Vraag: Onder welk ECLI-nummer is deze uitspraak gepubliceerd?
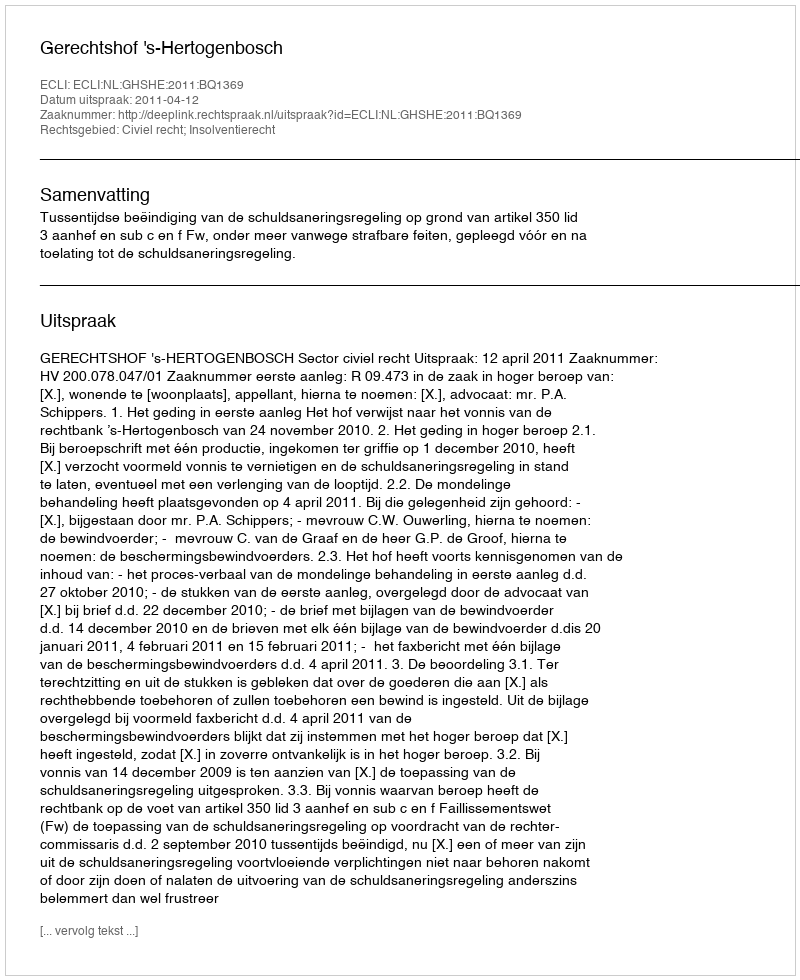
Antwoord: ECLI:NL:GHSHE:2011:BQ1369